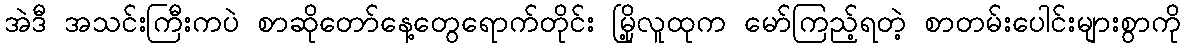
အဲဒီ အသင်းကြီးကပဲ စာဆိုတော်နေ့တွေရောက်တိုင်း မြို့လူထုက မော်ကြည့်ရတဲ့ စာတမ်းပေါင်းများစွာကို